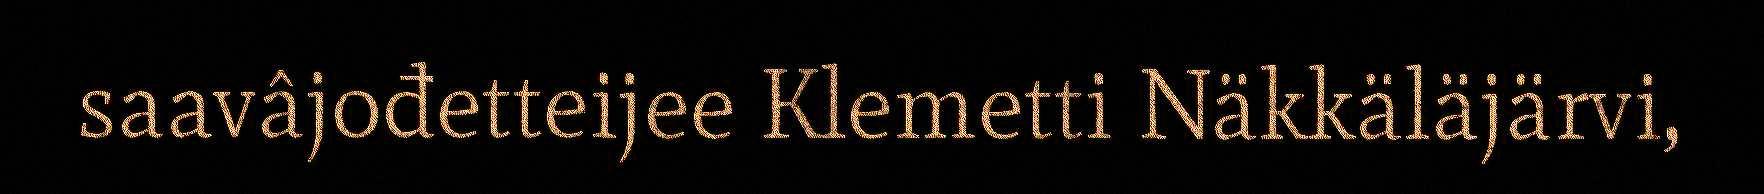
saavâjođetteijee Klemetti Näkkäläjärvi,